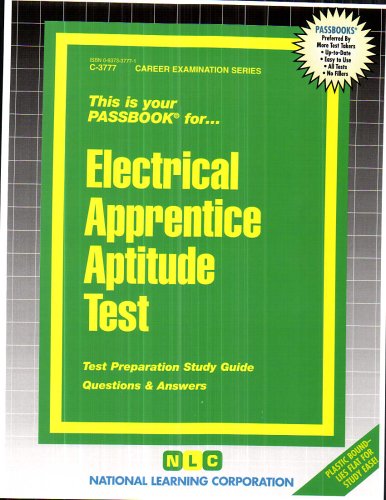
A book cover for Electrical Apprentice Aptitude Test(Passbooks); Jack Rudman; Test Preparation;